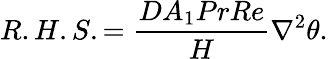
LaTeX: R.H.S.={\frac{DA_{1}PrRe}{H}}\nabla^{2}\theta.